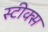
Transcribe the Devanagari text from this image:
स्टीक्स